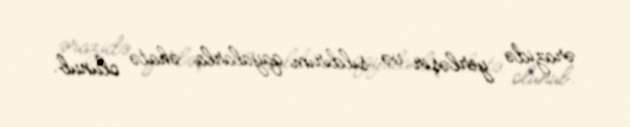
ərazidə yerləşir və sıldırım qayalarla əhatə olunub.